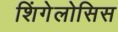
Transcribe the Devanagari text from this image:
शिंगेलोसिस